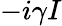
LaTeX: -i\gamma I